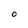
Character: O